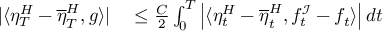
\begin{array} { r l } { | \langle \eta _ { T } ^ { H } - \overline { { \eta } } _ { T } ^ { H } , g \rangle | } & { { } \leq \frac { C } { 2 } \int _ { 0 } ^ { T } \left| \langle \eta _ { t } ^ { H } - \overline { { \eta } } _ { t } ^ { H } , f _ { t } ^ { \mathcal { I } } - f _ { t } \rangle \right| d t } \end{array}